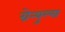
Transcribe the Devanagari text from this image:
ग्रेन्युल्स